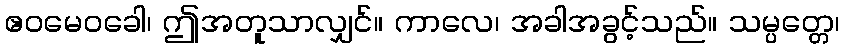
ဧဝမေဝခေါ၊ ဤအတူသာလျှင်။ ကာလေ၊ အခါအခွင့်သည်။ သမ္ပတ္တေ၊